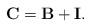
LaTeX: \begin{align*}\mathbf{C} = \mathbf{B} +\mathbf{I}.\end{align*}